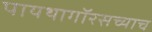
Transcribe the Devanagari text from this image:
पायथागॉरसच्याच